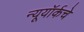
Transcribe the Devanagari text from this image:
न्यूयॉर्कचे